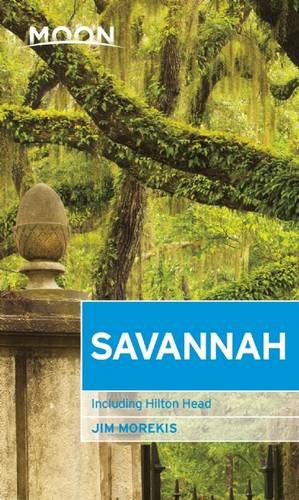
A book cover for Moon Savannah: Including Hilton Head (Moon Handbooks); Jim Morekis; Travel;